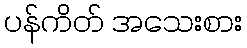
ပန်ကိတ် အသေးစား